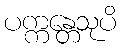
ပက္ကန္တေသုပိ